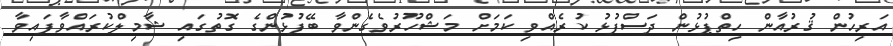
އަރިހުން ޤުރުއާން ހިތްޕުޅުން ދަސްފުޅު ކުރެއްވި ކަމަށް މަޝްހޫރުވެގެންވާ ބޭފުޅުންގެ ގޮތުގައި ޝާމިލްކުރައްވާފައިވާ